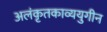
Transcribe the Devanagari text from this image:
अलंकृतकाव्ययुगीन